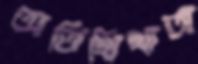
অতিথিখাতা